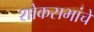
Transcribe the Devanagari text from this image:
शोकसभांचे